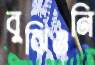
বুঝিওনি